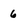
Character: 6